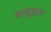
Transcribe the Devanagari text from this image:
बासुपूज्य